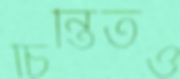
চিন্তিতও